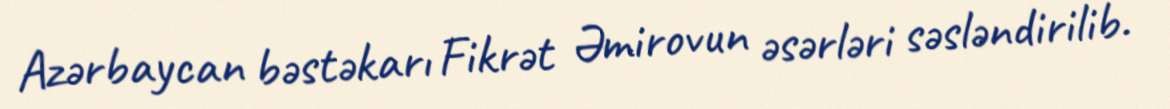
Azərbaycan bəstəkarı Fikrət Əmirovun əsərləri səsləndirilib.